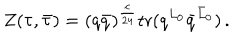
Z ( \tau , \bar { \tau } ) = ( q \bar { q } ) ^ { \frac { c } { 2 4 } } \mathrm { t r } ( q ^ { L _ { 0 } } \bar { q } ^ { \bar { L } _ { 0 } } ) \, .